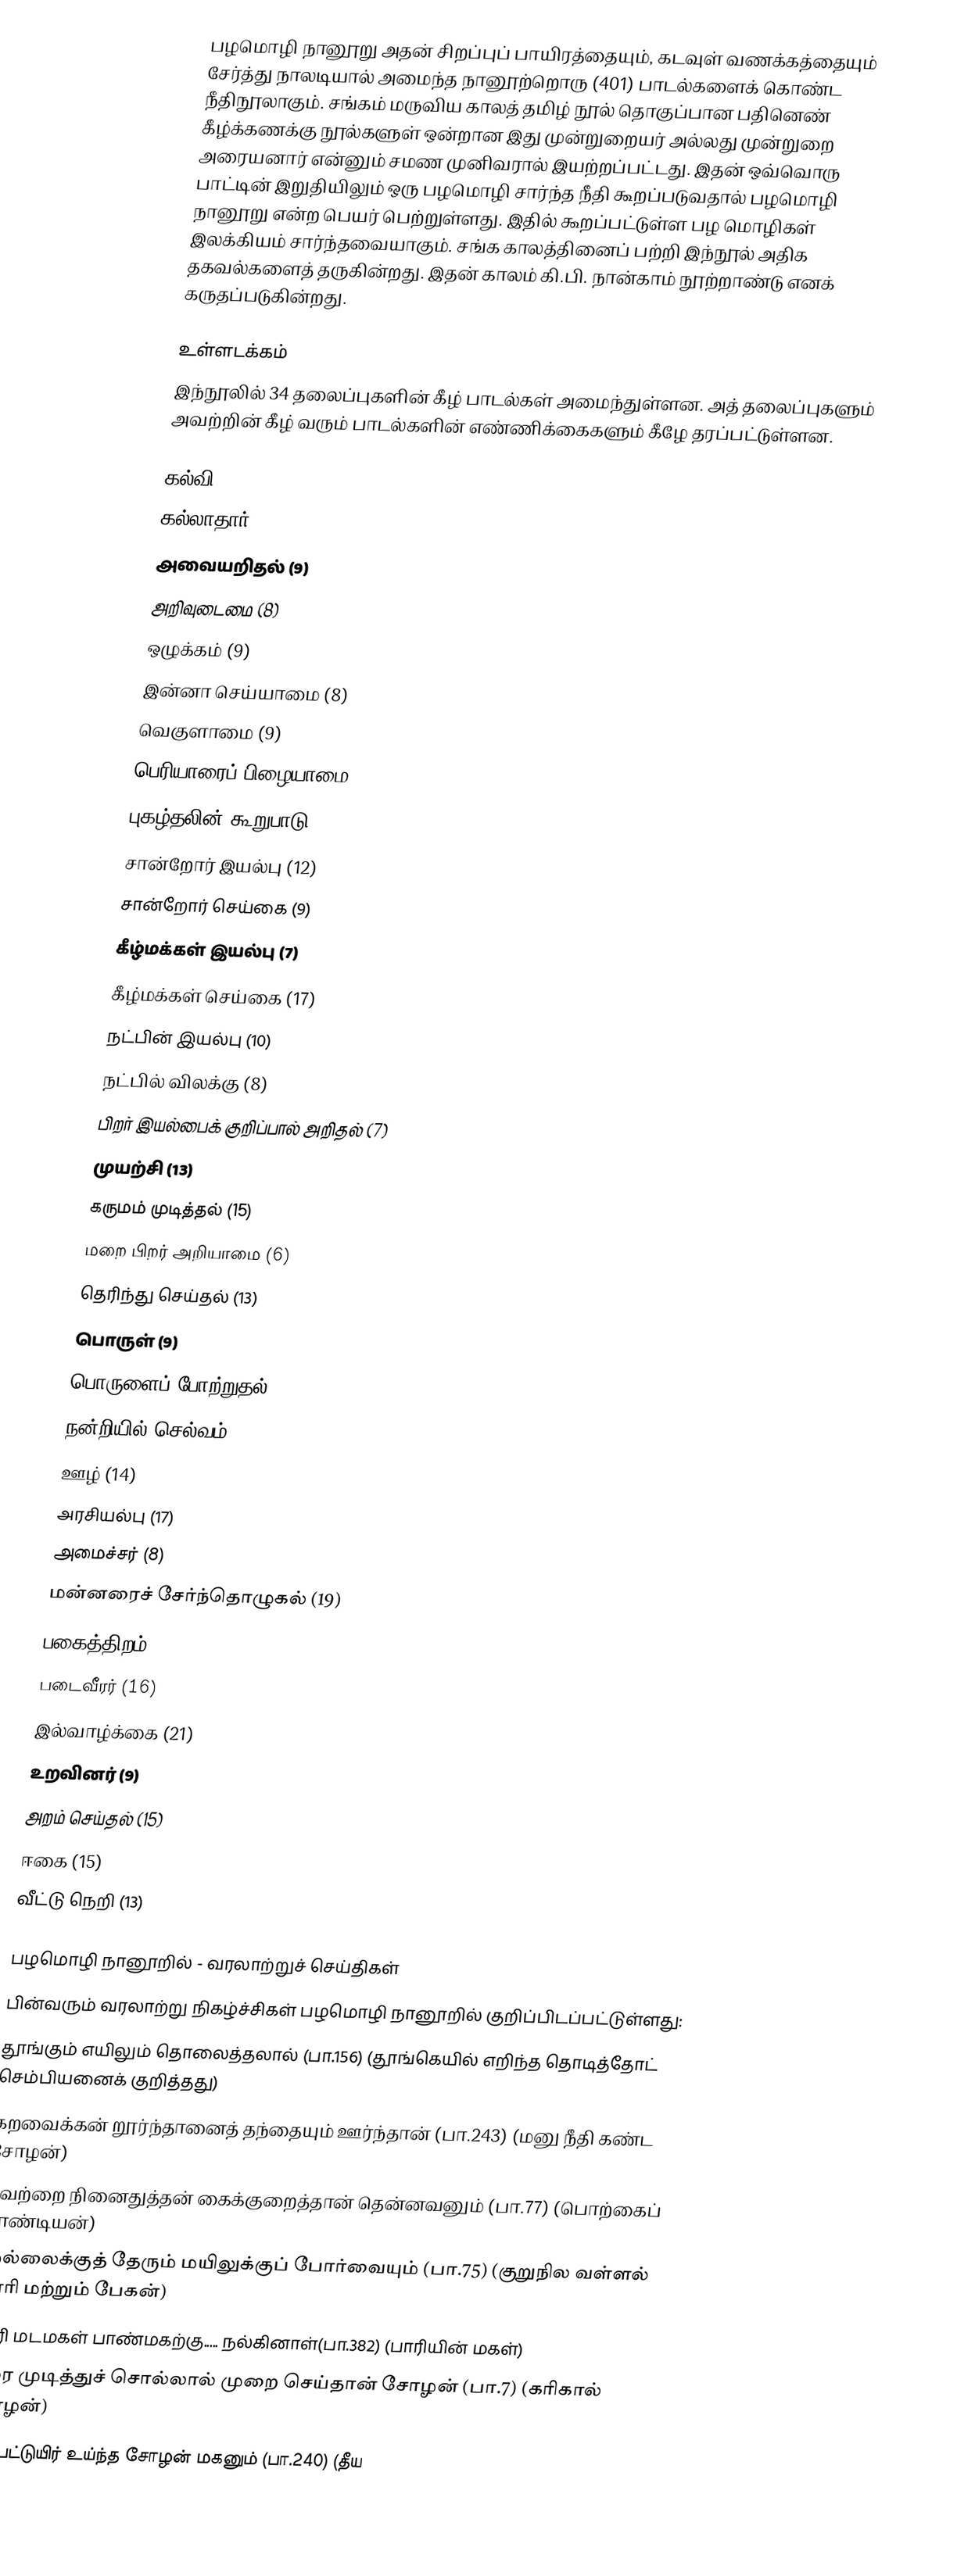
பழமொழி நானூறு அதன் சிறப்புப் பாயிரத்தையும், கடவுள் வணக்கத்தையும் சேர்த்து நாலடியால் அமைந்த நானூற்றொரு (401) பாடல்களைக் கொண்ட நீதிநூலாகும். சங்கம் மருவிய காலத் தமிழ் நூல் தொகுப்பான பதினெண் கீழ்க்கணக்கு நூல்களுள் ஒன்றான இது முன்றுறையர் அல்லது முன்றுறை அரையனார் என்னும் சமண முனிவரால் இயற்றப்பட்டது. இதன் ஒவ்வொரு பாட்டின் இறுதியிலும் ஒரு பழமொழி சார்ந்த நீதி கூறப்படுவதால் பழமொழி நானூறு என்ற பெயர் பெற்றுள்ளது. இதில் கூறப்பட்டுள்ள பழ மொழிகள் இலக்கியம் சார்ந்தவையாகும். சங்க காலத்தினைப் பற்றி இந்நூல் அதிக தகவல்களைத் தருகின்றது. இதன் காலம் கி.பி. நான்காம் நூற்றாண்டு எனக் கருதப்படுகின்றது.

உள்ளடக்கம்
இந்நூலில் 34 தலைப்புகளின் கீழ் பாடல்கள் அமைந்துள்ளன. அத் தலைப்புகளும் அவற்றின் கீழ் வரும் பாடல்களின் எண்ணிக்கைகளும் கீழே தரப்பட்டுள்ளன.

 கல்வி (10)
 கல்லாதார் (6)
 அவையறிதல் (9)
 அறிவுடைமை (8)
 ஒழுக்கம் (9)
 இன்னா செய்யாமை (8)
 வெகுளாமை (9)
 பெரியாரைப் பிழையாமை (5)
 புகழ்தலின் கூறுபாடு (4)
 சான்றோர் இயல்பு (12)
 சான்றோர் செய்கை (9)
 கீழ்மக்கள் இயல்பு (7)
 கீழ்மக்கள் செய்கை (17)
 நட்பின் இயல்பு (10)
 நட்பில் விலக்கு (8)
 பிறர் இயல்பைக் குறிப்பால் அறிதல் (7)
 முயற்சி (13)
 கருமம் முடித்தல் (15)
 மறை பிறர் அறியாமை (6)
 தெரிந்து செய்தல் (13)
 பொருள் (9)
 பொருளைப் போற்றுதல் (8)
 நன்றியில் செல்வம் (14)
 ஊழ் (14)
 அரசியல்பு (17)
 அமைச்சர் (8)
 மன்னரைச் சேர்ந்தொழுகல் (19)
 பகைத்திறம் (26)
 படைவீரர் (16)
 இல்வாழ்க்கை (21)
 உறவினர் (9)
 அறம் செய்தல் (15)
 ஈகை (15)
 வீட்டு நெறி (13)

பழமொழி நானூறில் - வரலாற்றுச் செய்திகள்
பின்வரும் வரலாற்று நிகழ்ச்சிகள் பழமொழி நானூறில் குறிப்பிடப்பட்டுள்ளது:
தூங்கும் எயிலும் தொலைத்தலால் (பா.156) (தூங்கெயில் எறிந்த தொடித்தோட் செம்பியனைக் குறித்தது)
 கறவைக்கன் றூர்ந்தானைத் தந்தையும் ஊர்ந்தான் (பா.243) (மனு நீதி கண்ட சோழன்)
 தவற்றை நினைதுத்தன் கைக்குறைத்தான் தென்னவனும் (பா.77) (பொற்கைப் பாண்டியன்)
 முல்லைக்குத் தேரும் மயிலுக்குப் போர்வையும் (பா.75) (குறுநில வள்ளல் பாரி மற்றும் பேகன்)
 பாரி மடமகள் பாண்மகற்கு..... நல்கினாள்(பா.382) (பாரியின் மகள்)
 நரை முடித்துச் சொல்லால் முறை செய்தான் சோழன் (பா.7) (கரிகால் சோழன்)
 சுடப்பட்டுயிர் உய்ந்த சோழன் மகனும் (பா.240) (தீய